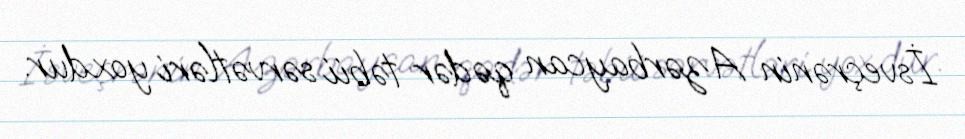
İsveçrənin Azərbaycan qədər təbii sərvətləri yoxdur.